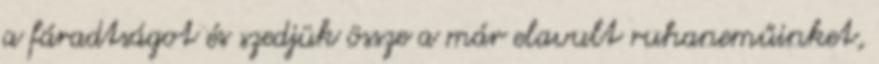
a fáradtságot és szedjük össze a már elavult ruhaneműinket,